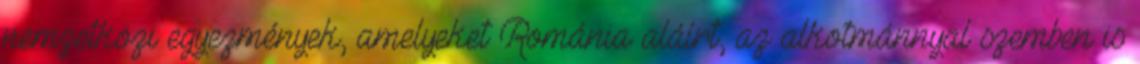
nemzetközi egyezmények, amelyeket Románia aláírt, az alkotmánnyal szemben is